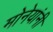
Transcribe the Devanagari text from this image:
मोनेयांनी